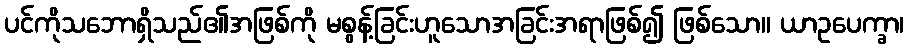
ပင်ကိုသဘောရှိသည်၏အဖြစ်ကို မစွန့်ခြင်းဟူသောအခြင်းအရာဖြစ်၍ ဖြစ်သော။ ယာဥပေက္ခာ၊